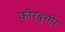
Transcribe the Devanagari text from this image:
कोरबुसीर